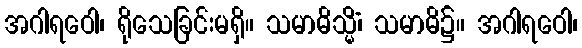
အဂါရဝေါ၊ ရိုသေခြင်းမရှိ။ သမာဓိသ္မိံ၊ သမာဓိ၌။ အဂါရဝေါ၊